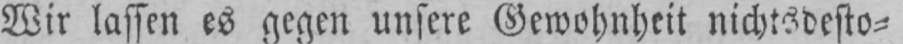
Wir lassen es gegen unsere Gewohnheit nichtsdesto⸗